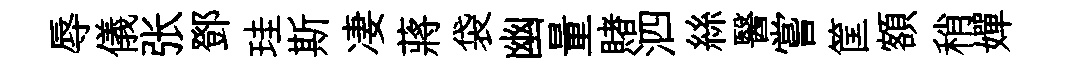
辱儀张鄧珪斯凄蔣袋幽量賭泗絲醫嘗筐額稍嬋